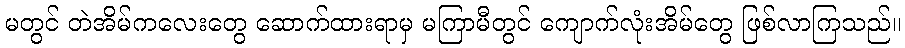
မတွင် တဲအိမ်ကလေးတွေ ဆောက်ထားရာမှ မကြာမီတွင် ကျောက်လုံးအိမ်တွေ ဖြစ်လာကြသည်။